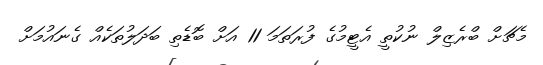
މެޗަށް ބްރެޒިލް ނުކުތީ އެޓީމުގެ ފުރަތަމަ 11 އަށް ބޮޑެތި ބަދަލުތަކެއް ގެނައުމަށް